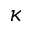
\kappa